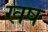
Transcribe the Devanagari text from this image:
खष